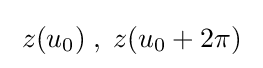
\;z(u_{0})\;,\;z(u_{0}+2\pi )\;